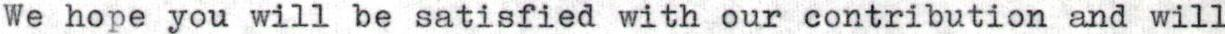
We hope you will be satisfied with our contribution and will